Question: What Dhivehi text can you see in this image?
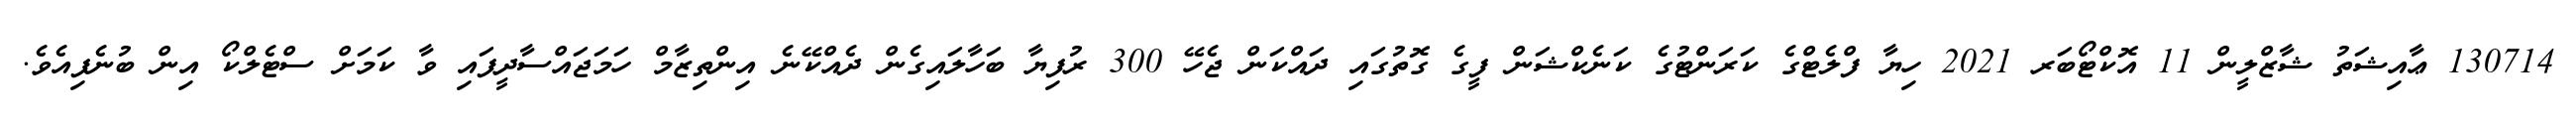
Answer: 130714 ޢާއިޝަތު ޝާޒްލީން 11 އޮކްޓޯބަރ 2021 ހިޔާ ފްލެޓްގެ ކަރަންޓުގެ ކަނެކްޝަން ފީގެ ގޮތުގައި ދައްކަން ޖެހޭ 300 ރުފިޔާ ބަހާލައިގެން ދެއްކޭނެ އިންތިޒާމް ހަމަޖައްސާދީފައި ވާ ކަމަށް ސްޓެލްކޯ އިން ބުނެފިއެވެ.